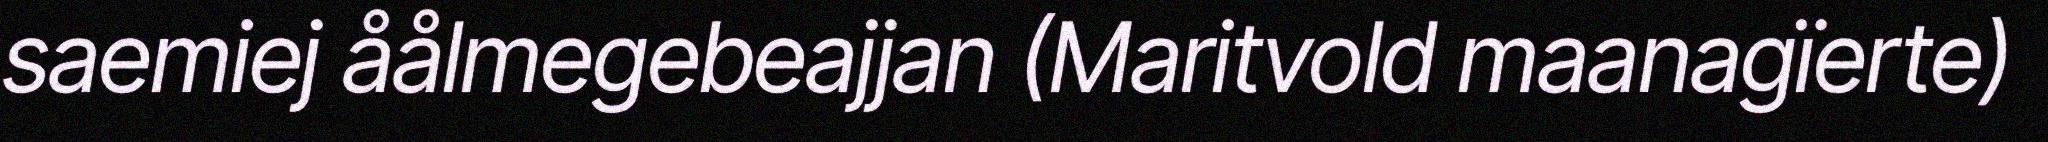
saemiej åålmegebeajjan (Maritvold maanagïerte)